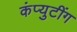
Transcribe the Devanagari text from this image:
कंप्युटींग